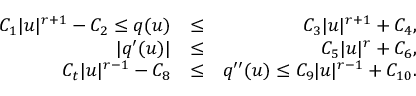
\begin{array} { r l r } { C _ { 1 } | u | ^ { r + 1 } - C _ { 2 } \leq q ( u ) } & { \leq } & { C _ { 3 } | u | ^ { r + 1 } + C _ { 4 } , } \\ { | q ^ { \prime } ( u ) | } & { \leq } & { C _ { 5 } | u | ^ { r } + C _ { 6 } , } \\ { C _ { t } | u | ^ { r - 1 } - C _ { 8 } } & { \leq } & { q ^ { \prime \prime } ( u ) \leq C _ { 9 } | u | ^ { r - 1 } + C _ { 1 0 } . } \end{array}